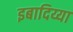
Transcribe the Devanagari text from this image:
इबादिय्या